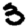
Digit: 3